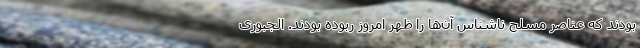
بودند که عناصر مسلح ناشناس آن‌ها را ظهر امروز ربوده بودند. الجبوری